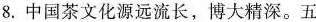
8.中国茶文化源远流长，博大精深。五